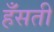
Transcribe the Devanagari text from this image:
हँसती